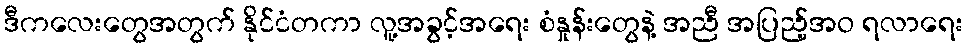
ဒီကလေးတွေအတွက် နိုင်ငံတကာ လူ့အခွင့်အရေး စံနှုန်းတွေနဲ့ အညီ အပြည့်အဝ ရလာရေး